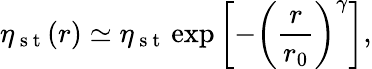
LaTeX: \eta_{\mathrm{~s~t~}}(r)\simeq\eta_{\mathrm{~s~t~}}\exp\left[-\left(\frac{r}{r_{0}}\right)^{\gamma}\right],